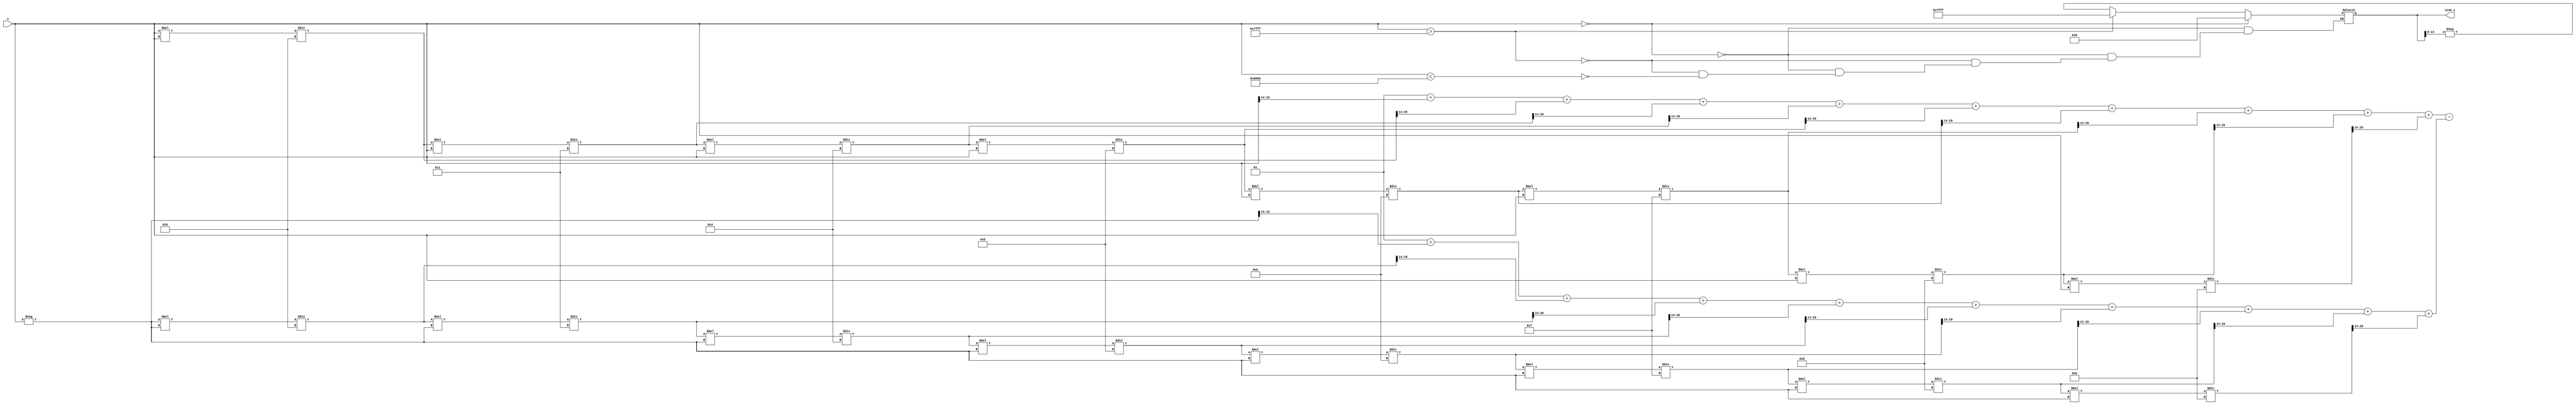
module sinh_arithmetic_block (
    input wire signed [15:0] x, // Input: fixed-point value (Q1.14 format)
    output wire signed [15:0] sinh_x // Output: computed sinh value
);

  // Internal wire declarations for exponentials and results
  wire signed [15:0] exp_x;
  wire signed [15:0] exp_neg_x;
  wire signed [15:0] exp_diff;

  // Calculate e^x using a simple polynomial approximation
  function signed [15:0] exp_approx(input signed [15:0] value);
    reg signed [31:0] result;
    reg signed [31:0] term;
    integer i;

    begin
      result = 16'h0001; // Start with e^0 = 1 (Q1.14 format)
      term = value; // The first term is value (x)
      
      // A simple Taylor series expansion
      for (i = 1; i < 10; i = i + 1) begin
        result = result + (term >>> 14); // Shift right for Q1.14 normalization
        term = (term * value) / (i + 1); // Update term to value^i / i!
      end

      exp_approx = result[15:0]; // Return lower 16 bits
    end
  endfunction

  // Calculate e^-x by using symmetry
  assign exp_x = exp_approx(x);
  assign exp_neg_x = exp_approx(-x);

  // Subtract e^-x from e^x
  assign exp_diff = exp_x - exp_neg_x;

  // Calculate sinh(x) = (e^x - e^-x) / 2
  assign sinh_x = exp_diff >>> 1; // Right shift for division by 2

  // Special case handling
  always @(*) begin
    if (x == 16'h0000) begin
      sinh_x = 16'h0000; // sinh(0) = 0
    end else if (x > 16'h7FFF) begin
      sinh_x = 16'h7FFF; // Saturation for large values
    end else if (x < 16'h8000) begin
      sinh_x = -sinh_x; // Handle negative input
    end
  end

endmodule